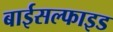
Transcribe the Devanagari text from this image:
बाईसल्फाइड